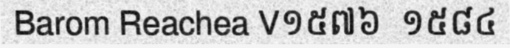
Barom Reachea V១៥៧៦  ១៥៨៤